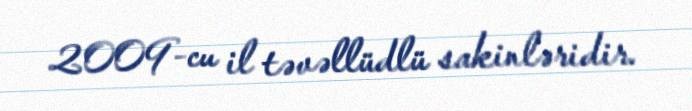
2009-cu il təvəllüdlü sakinləridir.